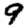
Digit: 9